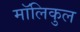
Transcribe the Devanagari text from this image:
मॉलिकुल